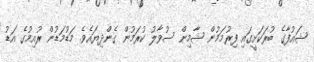
ޝައުފާގެ ބުރަކަށީގައި ފިރުމަމުން ޝާމިން ސުވާލު ކުރަމުން ގެންދިޔައެވެ. މަޑުމަޑުން ރުއިމުގެ އަޑު